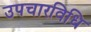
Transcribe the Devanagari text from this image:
उपचारविधि